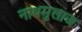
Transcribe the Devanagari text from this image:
नाथमुलाज